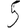
Digit: 5